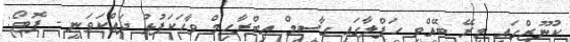
ކުނޫޒްގައި މިރޭ ބޭއްވި ހަފްލާގައި ގާސިމް އިބްރާހިމް ވާހަކަފުޅު ދައްކަވަނީ - ފޮޓޯ: